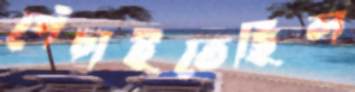
পেঁচাইতেছিল